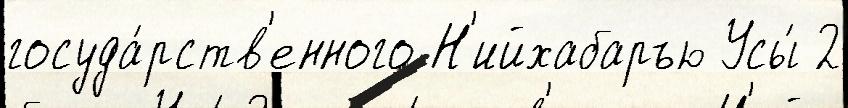
госуда́рств'енного Н'ийхабаръю Усы́ 2